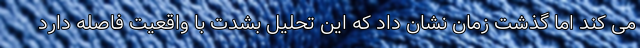
می کند اما گذشت زمان نشان داد که این تحلیل بشدت با واقعیت فاصله دارد